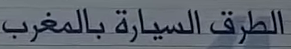
الطرق السيارة بالمغرب